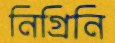
নিগ্রিনি